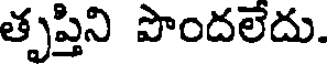
తృప్తిని పొందలేదు.